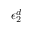
\epsilon _ { 2 } ^ { d }